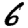
Digit: 6